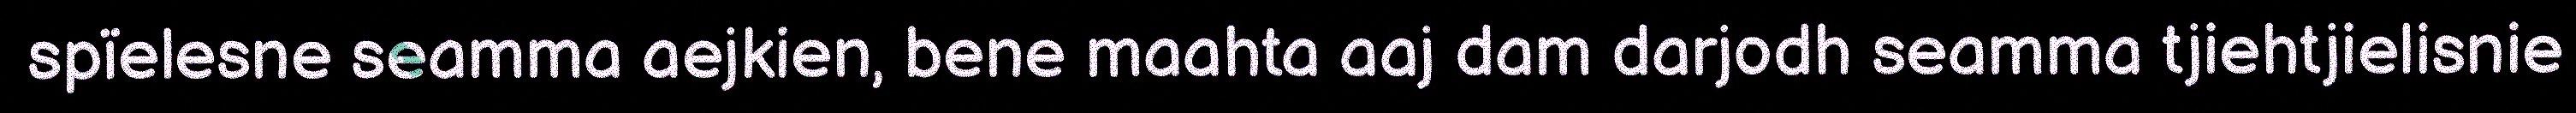
spïelesne seamma aejkien, bene maahta aaj dam darjodh seamma tjiehtjielisnie